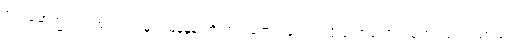
ဦးပါမောက္ခအား ထုတ်လုပ်မှုအမြန်နှုန်းကို တက်ရောက်ခဲ့တယ်လို့ တောတောင်ထူထပ်သည့် သားသေ